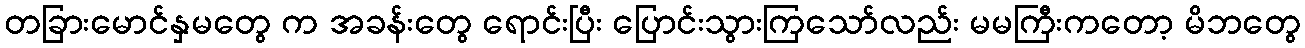
တခြားမောင်နှမတွေ က အခန်းတွေ ရောင်းပြီး ပြောင်းသွားကြသော်လည်း မမကြီးကတော့ မိဘတွေ